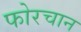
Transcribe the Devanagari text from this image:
फोरचान